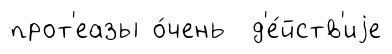
прот'еазы о́чень д'е́йств'иjе